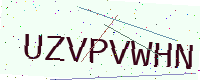
Text: UZVPVWHN